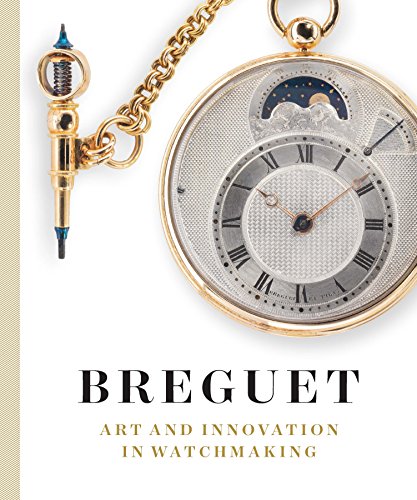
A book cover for Breguet: Art and Innovation In Watchmaking; Emmanuel Breguet; Crafts, Hobbies & Home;